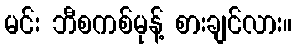
မင်း ဘီစကစ်မုန့် စားချင်လား။